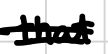
Text: that
Cross-out: double-line
Writing tool: digital_black